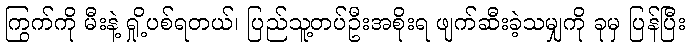
ကြွက်ကို မီးနဲ့ ရှို့ပစ်ရတယ်၊ ပြည်သူ့တပ်ဦးအစိုးရ ဖျက်ဆီးခဲ့သမျှကို ခုမှ ပြန်ပြီး